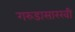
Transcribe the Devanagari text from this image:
गरुडासारखी